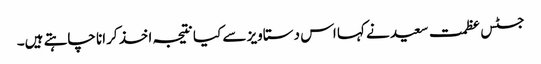
جسٹس عظمت سعید نے کہا اس دستاویز سے کیا نتیجہ اخذ کرانا چاہتے ہیں۔